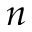
n